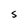
Character: s